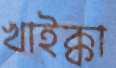
খাইক্কা